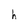
Character: h